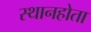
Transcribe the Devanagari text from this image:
स्थानहोता